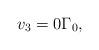
LaTeX: \begin{align*} v_3 =0 \Gamma_0, \end{align*}